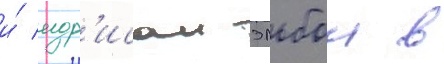
и́ идр'исом эльбои в